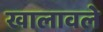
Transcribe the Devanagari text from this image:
खालावले